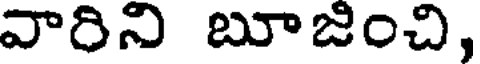
వారిని బూజించి,